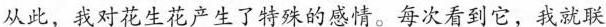
从此，我对花生花产生了特殊的感情。每次看到它，我就联